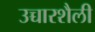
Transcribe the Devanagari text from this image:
उच्चारशैली